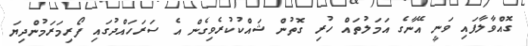
ގޮއްވާލާފައި ވަނީ އޭނާގެ އަމަލުތައް ހުރި ގޮތުން ޝައްކުކުރެވިގެން އެ ސަރަހައްދުގައި ފޯރިމަރަމުންދިޔަ